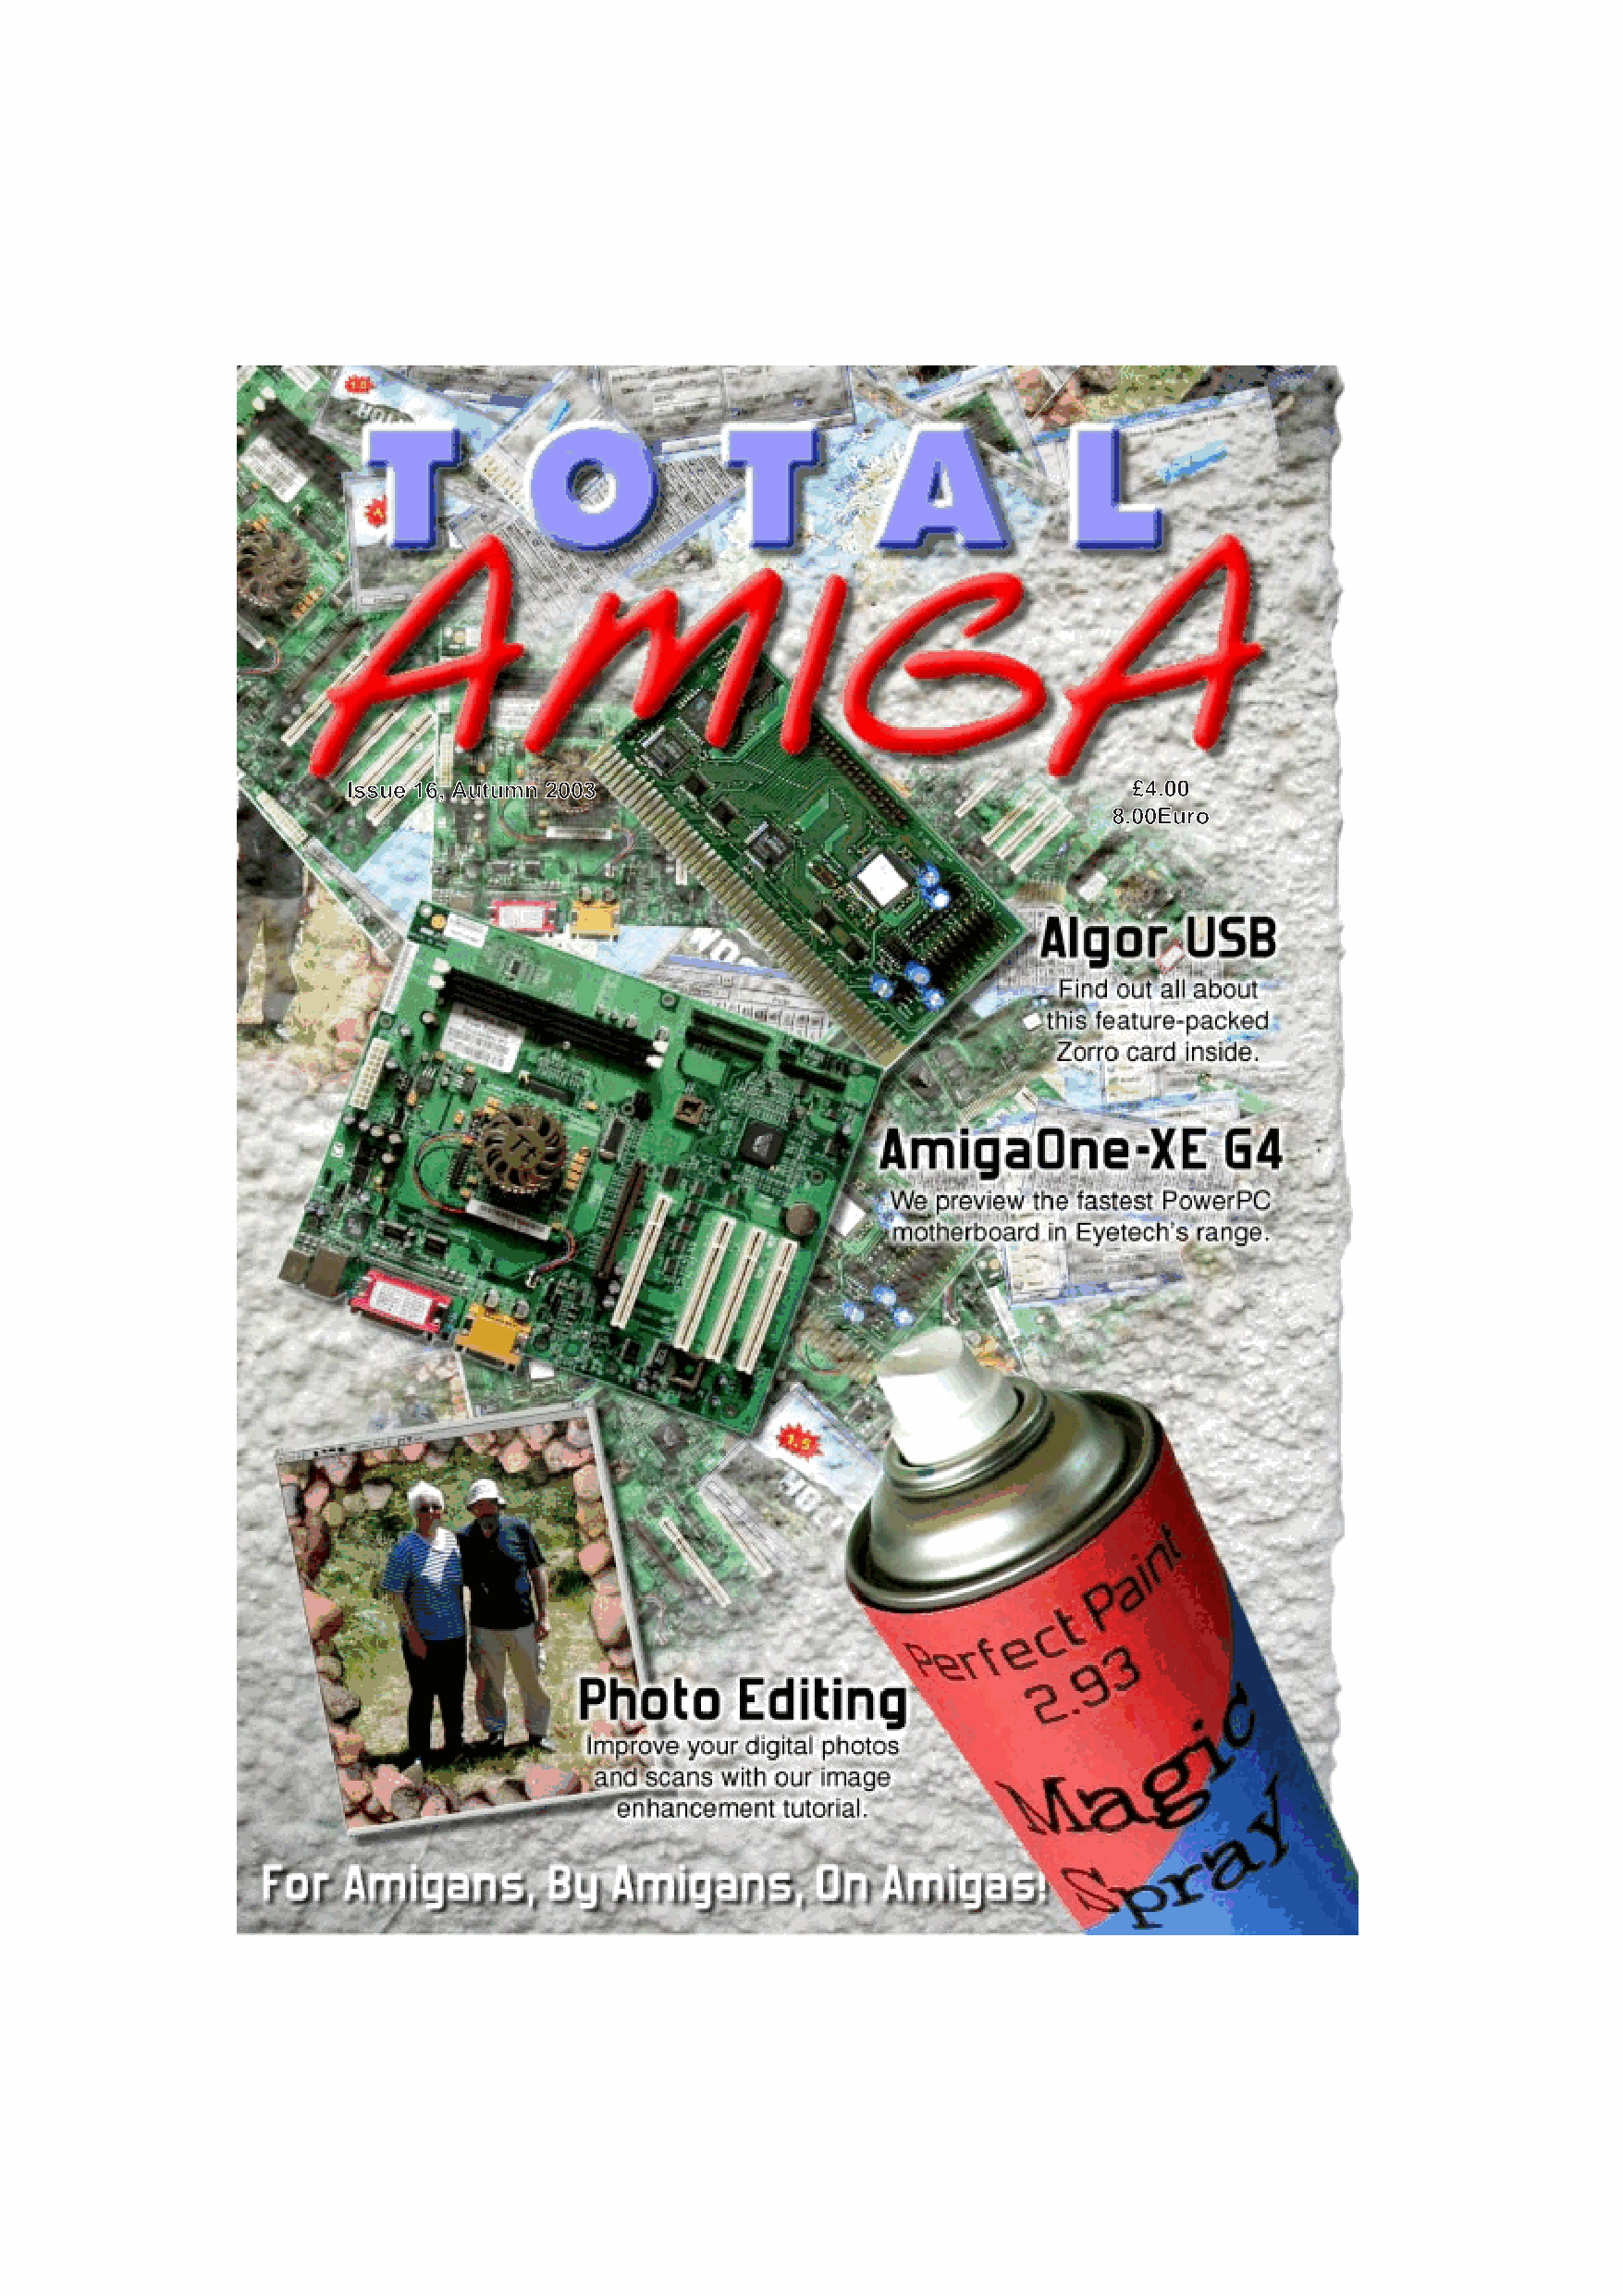
Issue 16, Autumn 2003                                   £4.00
 8.00Euro
 Find out all about
 this feature-packed
 Zorro card inside.
 AmigaOne-XE              G4
 We preview the fastest PowerPC
 motherboard in Eyetech’s range.
 Improve your digital photos
 and scans with our image
 enhancement tutorial.